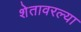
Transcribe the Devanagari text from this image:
शेतावरल्या